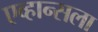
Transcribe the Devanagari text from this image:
एव्हान्सला